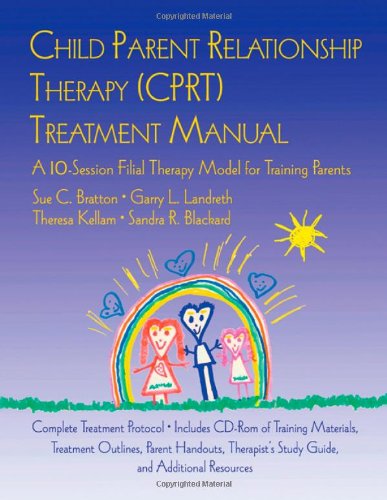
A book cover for CPRT Package: Child Parent Relationship Therapy (CPRT) Treatment Manual: A 10-Session Filial Therapy Model for Training Parents; Sue Bratton; Medical Books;